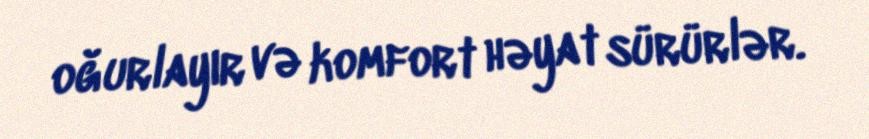
oğurlayır və komfort həyat sürürlər.